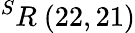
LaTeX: ^{S}R\ (22,21)